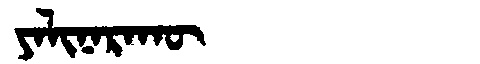
Manchu: ᠶᠠᠯᡳᠨᠠᡵᠠᡴᡡ
Romanization: YALINARAKŪ